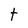
Character: t